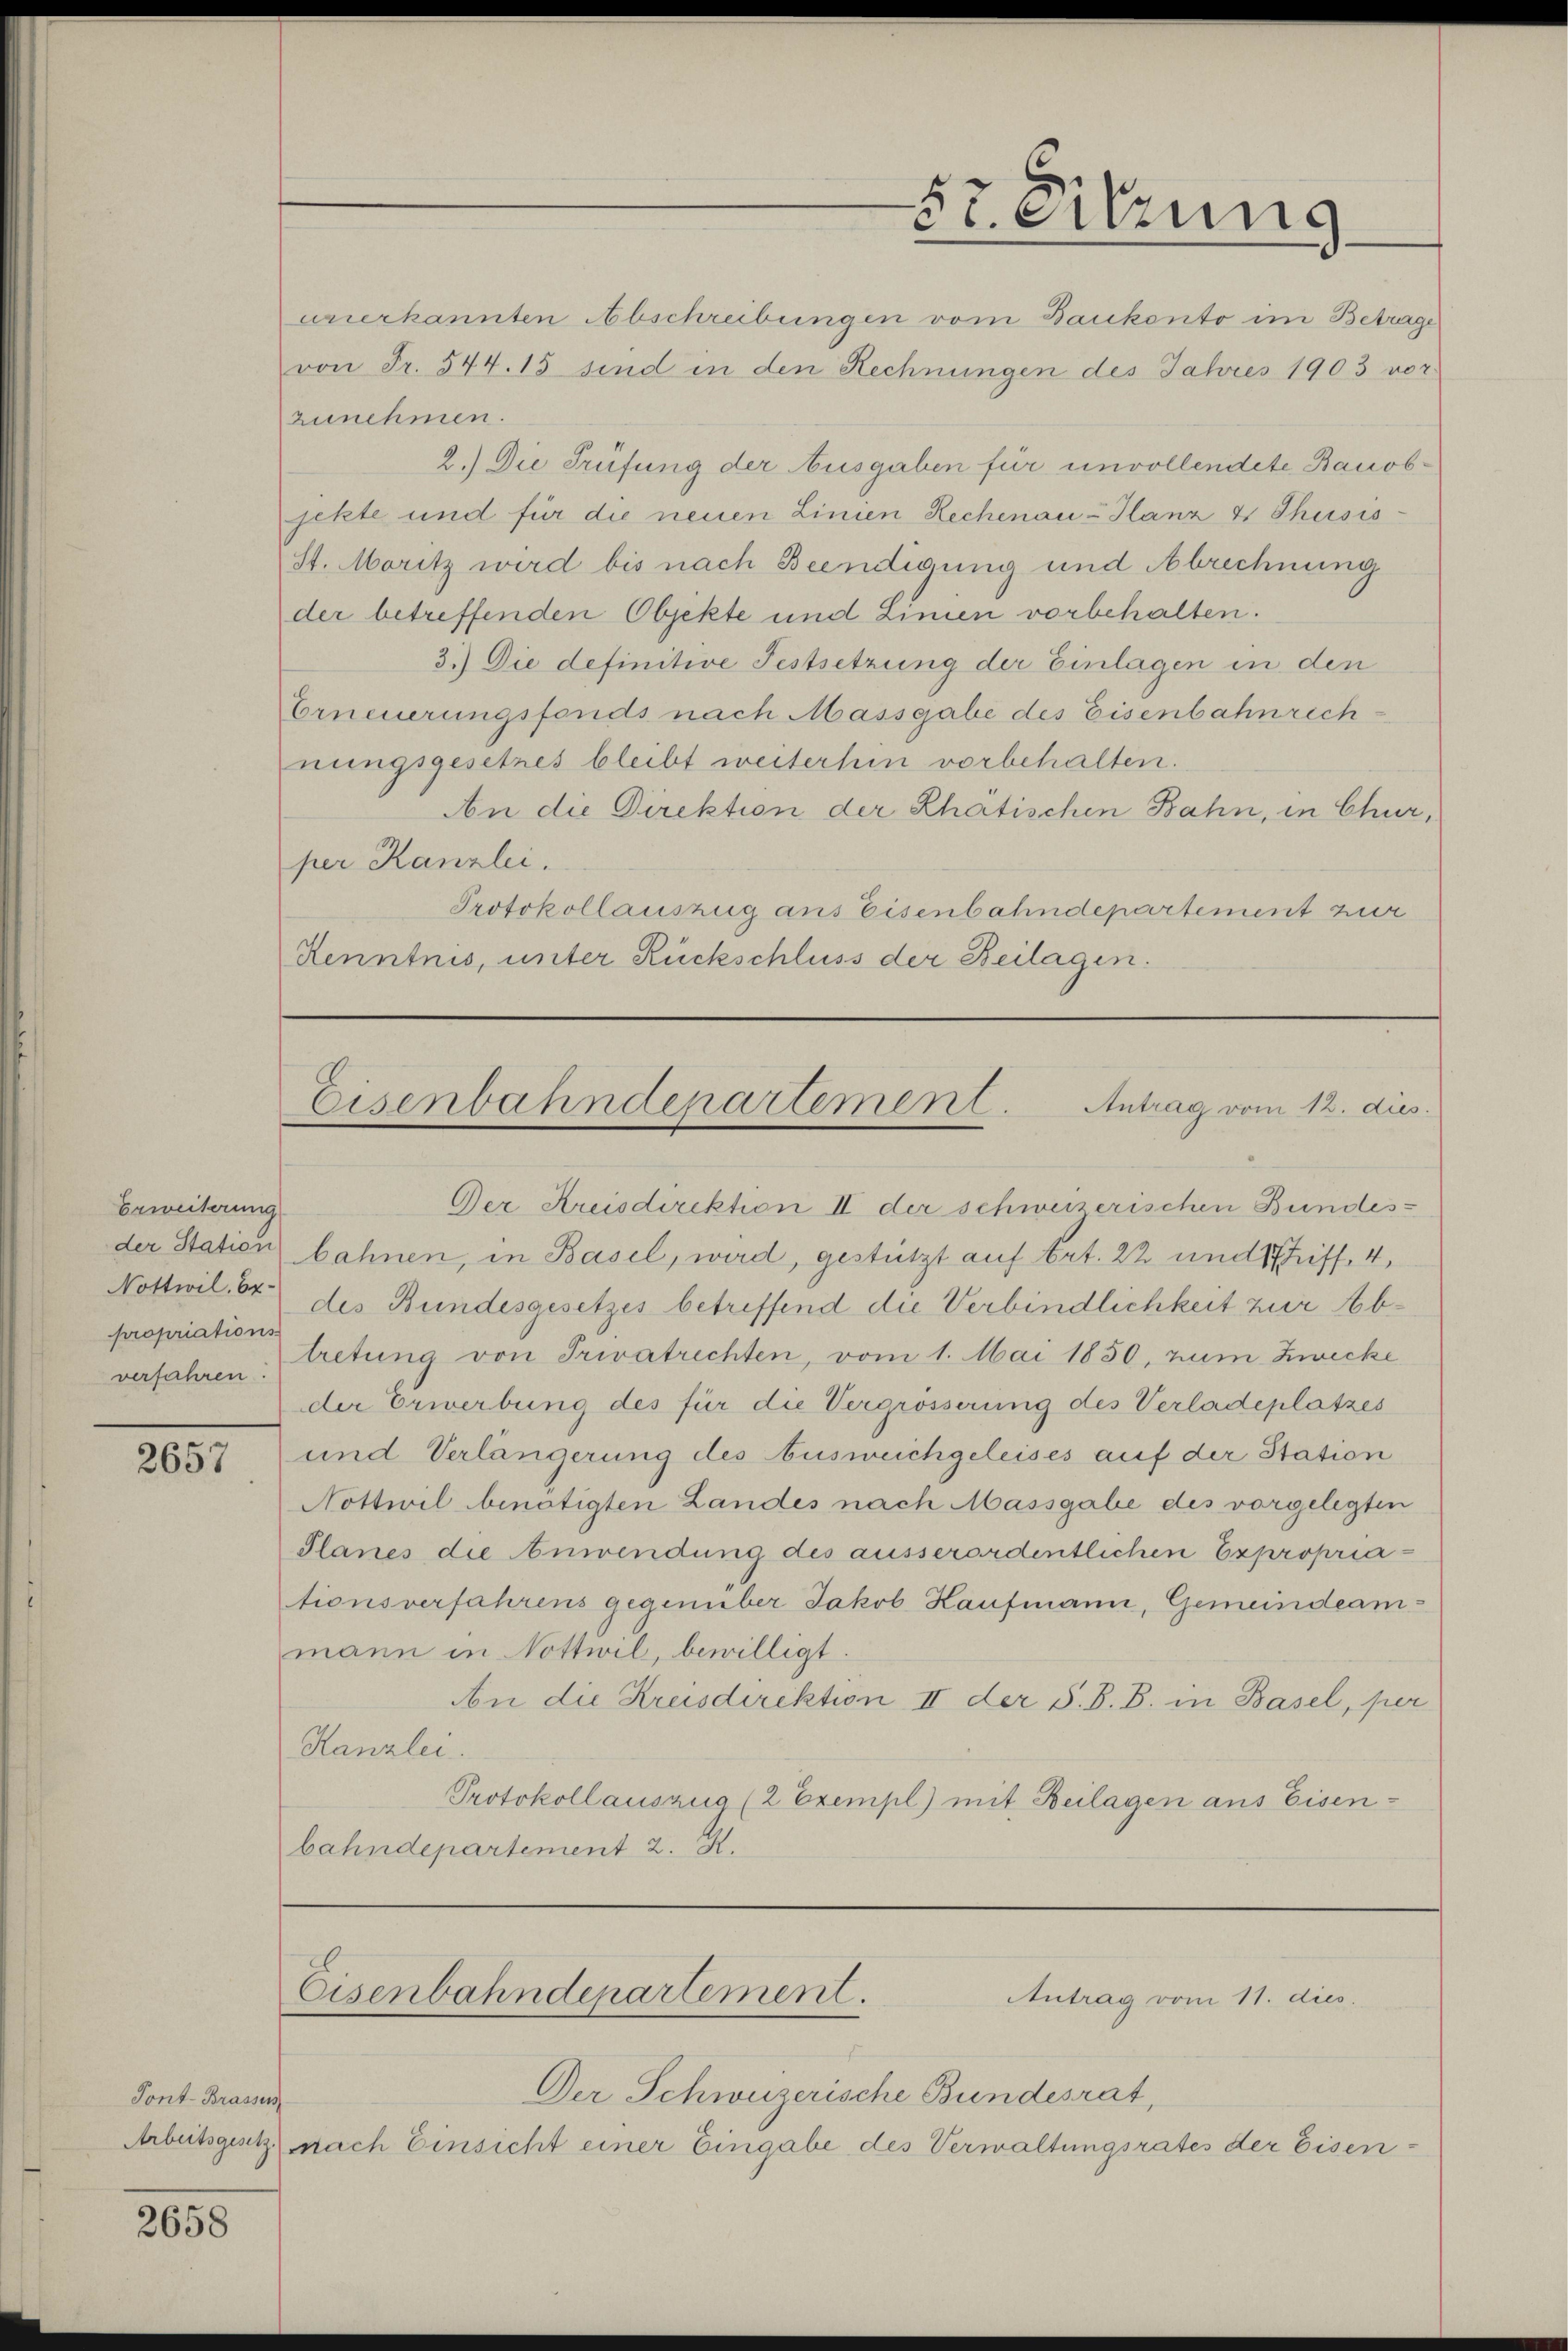
Erweiterung
Nottwil. Be-
propriations-
verfahren.

2657

Tont. Brassens
Arbeitsgesetz

2658

57. Sitzung

2.) Die Prüfung der Ausgaben für unvollendete Bauobjekte und für die neuen Linien Rechenau-Hanz & Thusis
St. Moritz wird bis nach Beendigung und Abrechnung
der betreffenden Objekte und Linien vorbehalten.
3.) Die definitive Festsetzung der Einlagen in den
Erneuerungsfonds nach Massgabe des Eisenbahnrich
nungsgesetzes bleibt weiterhin vorbehalten.
An die Direktion der Rhätischen Bahn, in Chur,
per Kanzlei.
Protokollauszug aus Eisenbahndepartement zur
Kenntnis, unter Rückschluss der Beilagen.

Eisenbahndenartement. Antrag vom 12. dies

Der Kreisdirektion II der schweizerischen Bundes-
der Station bahnen, in Basel, wird, gestützt auf Art. 22 und 17 ff. 4,
des Bundesgesetzes betreffend die Verbindlichkeit zur Abtretung von Privatrechten, vom 1. Mai 1850, zum Zwecke
der Erwerbung des für die Vergrösserung des Verladeplatzes
und Verlängerung des Ausweichgeleises auf der Station
Nottwil benätigten Landes nach Massgabe des vorgelegten
Planes die Anwendung des ausserordentlichen Expropria-
tionsverfahrens gegenüber Jakob Haufmann, Gemeindeammann in Nottwil, bewilligt.
An die Kreisdirektion II der S. B. B. in Basel, per
Kanzlei.
Protokoll auszug (2 Exempl) mit Beilagen aus Eisenbahndepartement 2. X.

unerkannten Abschreibungen vom Baukonto im Betrage
von Fr. 544. 13 sind in den Rechnungen des Jahres 1903 vor
zunehmen.

Eisenbahndepartement.

Antrag vom 11. dies

Der Schweizerische Bundesrat,
nach Einsicht einer Eingabe des Verwaltungsrates der Eisen